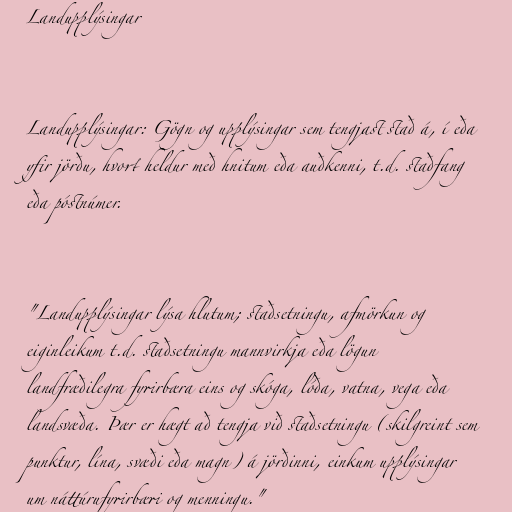
Landupplýsingar

Landupplýsingar: Gögn og upplýsingar sem tengjast stað á, í eða
yfir jörðu, hvort heldur með hnitum eða auðkenni, t.d. staðfang
eða póstnúmer.

"Landupplýsingar lýsa hlutum; staðsetningu, afmörkun og
eiginleikum t.d. staðsetningu mannvirkja eða lögun
landfræðilegra fyrirbæra eins og skóga, lóða, vatna, vega eða
landsvæða. Þær er hægt að tengja við staðsetningu (skilgreint sem
punktur, lína, svæði eða magn) á jörðinni, einkum upplýsingar
um náttúrufyrirbæri og menningu."